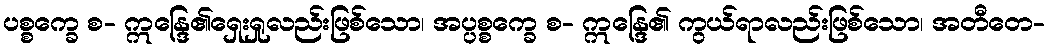
ပစ္စက္ခေ စ- ဣန္ဒြေ၏ရှေးရှုလည်းဖြစ်သော၊ အပ္ပစ္စက္ခေ စ- ဣန္ဒြေ၏ ကွယ်ရာလည်းဖြစ်သော၊ အတီတေ-